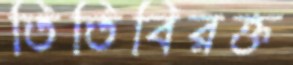
তিতিবিরক্ত